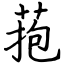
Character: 菢